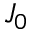
J _ { 0 }